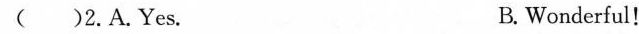
( )2.A.Yes. B.Wonderful!